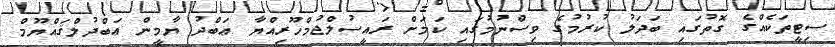
ސިޓީތަކެއްގެ ގޮތުގައި ބަދަލު ކުރުމުގެ ވިސްނުމުގައި ކަމަށް ރައީސުލްޖުމްހޫރިއްޔާ ޢަބްދު ޔާމީން ޢަބްދުލްޤައްޔޫމް